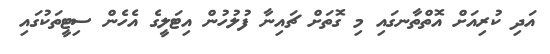
އަދި ކުރިއަށް އޮތްތާނގައި މި ގޮތަށް ޗައިނާ ފުލުހުން އިޓަލީގެ އެހެން ސިޓީތަކުގައި